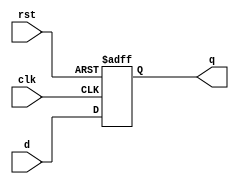
`timescale 1ns / 1ps
//////////////////////////////////////////////////////////////////////////////////
// Company: 
// 
// Design Name: 
// Module Name: d_ff
// Project Name: 
// Target Devices: 
// Tool Versions: 
// Description: d-type flip flop
// 
// Dependencies: 
// 
// Revision:
// Revision 0.01 - File Created
// Additional Comments:
// 
//////////////////////////////////////////////////////////////////////////////////


module d_ff(
    input d,
    input clk,
    input rst,
    output reg q
    );
    always @ (posedge clk, negedge rst)
    begin
        if (!rst) // reset == 0, reset has been pressed
        begin
        q <= 1'b0;
        end
        
        else // reset not pressed (reset == 0)
        begin
        q <= d;
        end
    end
    
    
endmodule